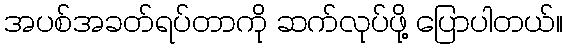
အပစ်အခတ်ရပ်တာကို ဆက်လုပ်ဖို့ ပြောပါတယ်။